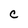
Character: C